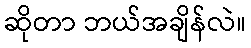
ဆိုတာ ဘယ်အချိန်လဲ။